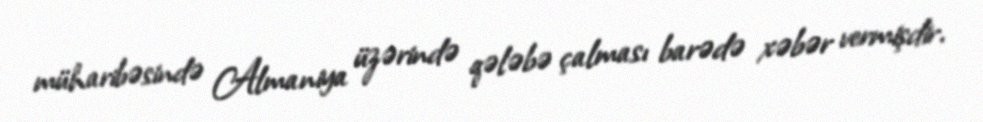
müharibəsində Almaniya üzərində qələbə çalması barədə xəbər vermişdir.